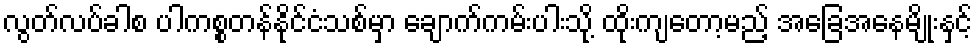
လွတ်လပ်ခါစ ပါကစ္စတန်နိုင်ငံသစ်မှာ ချောက်ကမ်းပါးသို့ ထိုးကျတော့မည့် အခြေအနေမျိုးနှင့်